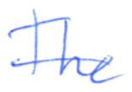
Text: The
Cross-out: single-line
Writing tool: ballpoint